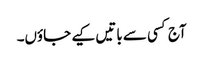
آج کسی سے باتیں کیے جاؤں۔